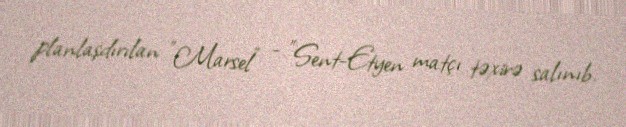
planlaşdırılan "Marsel" - "Sent-Etyen matçı təxirə salınıb.